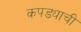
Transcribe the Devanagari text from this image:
कपड्याची